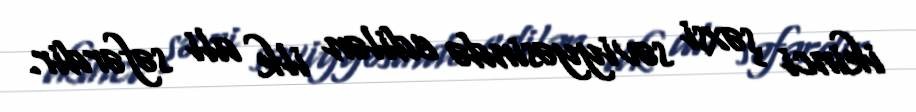
ikinci şəxsi səviyyəsində edilən ilk ali səfərdir.